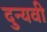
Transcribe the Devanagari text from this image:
दुन्यवी